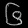
Digit: ၆